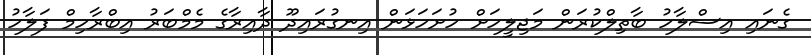
ގެނައި އިސްލާހު ބާތިލްކުރަން މަޖިލީހަށް ހުށަހަޅަން އިނގުރައިދޫ ދާއިރާގެ މެމްބަރު އިބްރާހިމް ފަލާހު